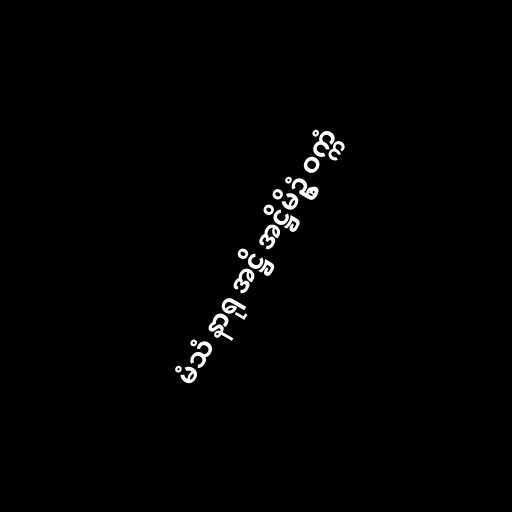
မံသံ နာရု အဋ္ဌိ အဋ္ဌိမိဥ္စံ ဝက္ကံ